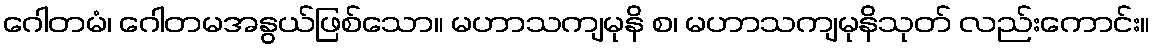
ဂေါတမံ၊ ဂေါတမအနွယ်ဖြစ်သော။ မဟာသကျမုနိ စ၊ မဟာသကျမုနိသုတ် လည်းကောင်း။